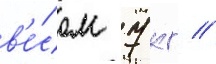
в'е́сом 7 кг //